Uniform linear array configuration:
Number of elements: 48
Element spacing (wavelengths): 1
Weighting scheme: cosine
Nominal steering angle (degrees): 45
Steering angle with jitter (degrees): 45.576
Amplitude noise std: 0.05
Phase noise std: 0.05

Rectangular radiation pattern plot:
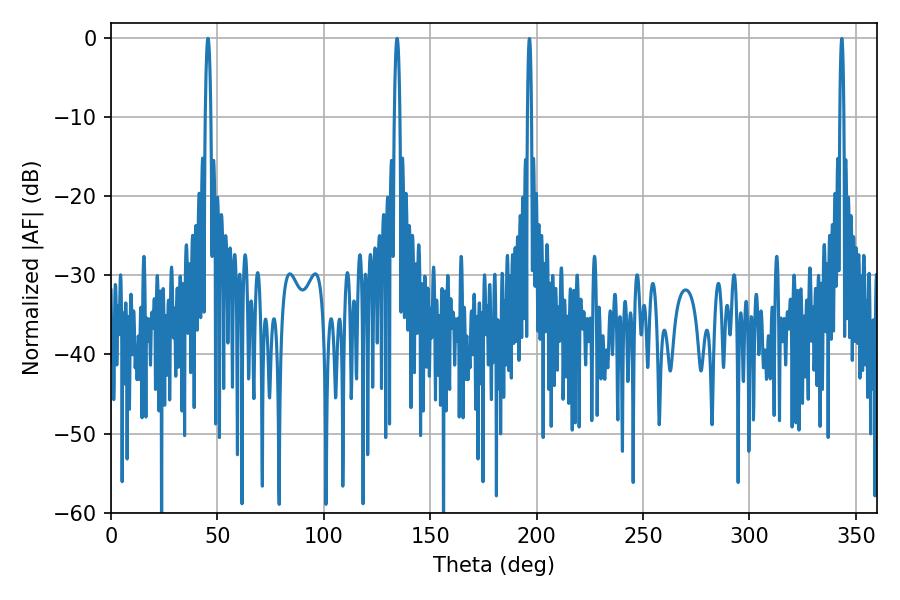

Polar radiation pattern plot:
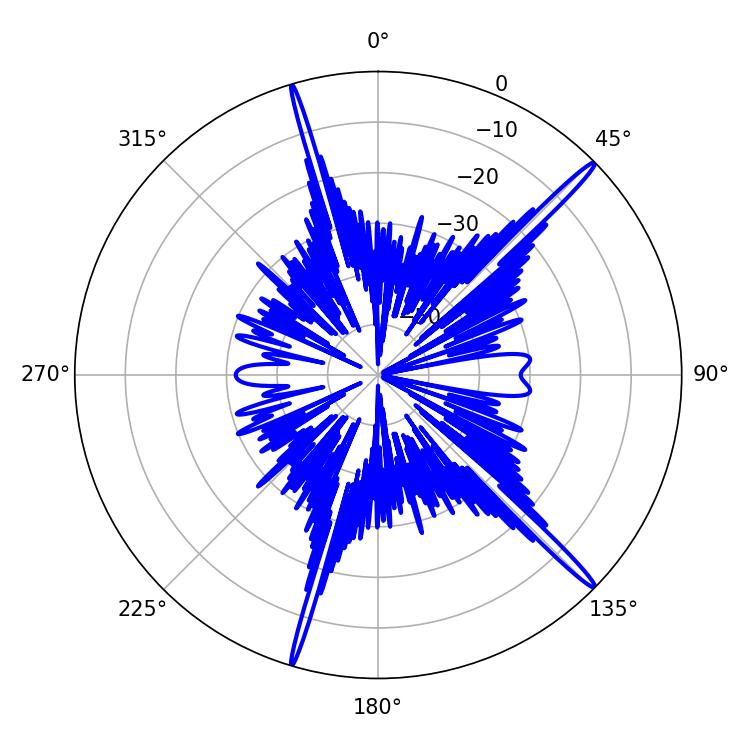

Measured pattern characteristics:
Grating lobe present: TRUE
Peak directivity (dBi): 18.204
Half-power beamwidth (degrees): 1.44
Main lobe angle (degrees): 45.54